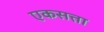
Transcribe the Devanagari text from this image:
एकसत्ता